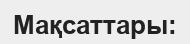
Мақсаттары: